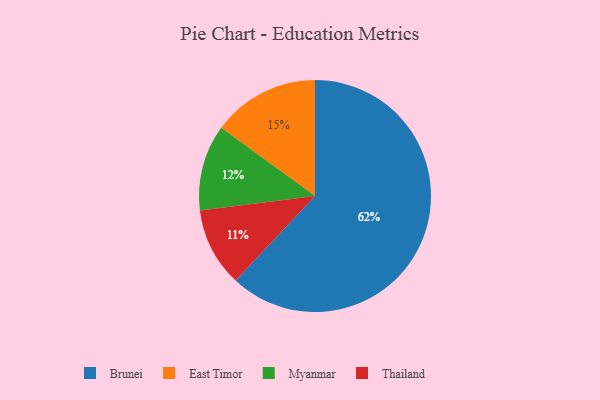
{"axis": {"x": "Category", "y": "Percentage"}, "legend": ["Brunei", "East Timor", "Myanmar", "Thailand"], "data": [{"x": "East Timor", "y": 15, "type": "East Timor"}, {"x": "Brunei", "y": 62, "type": "Brunei"}, {"x": "Thailand", "y": 11, "type": "Thailand"}, {"x": "Myanmar", "y": 12, "type": "Myanmar"}]}